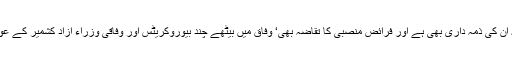
لہذا وہ وفاقی حکومت سے دوٹوک بات کرکے حق نمائندگی ادا کریں یہ ان کی ذمہ داری بھی ہے اور فرائض منصبی کا تقاضہ بھی‘ وفاق میں بیٹھے چند بیوروکریٹس اور وفاقی وزراء آزاد کشمیر کے عوام سے انتقام لے رہے ہیں جو سراسر ظلم ، ناانصافی کے مترادف ہے ۔